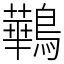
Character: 鷨